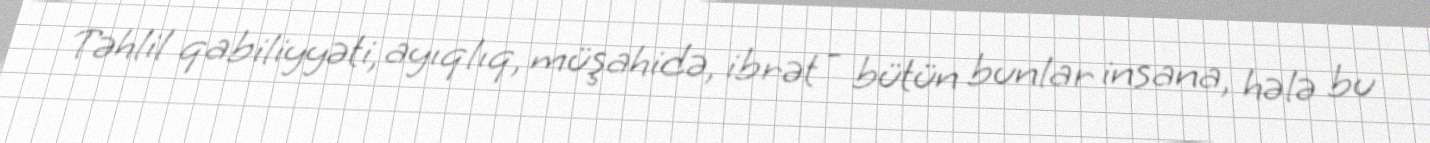
Təhlil qabiliyyəti, ayıqlıq, müşahidə, ibrət - bütün bunlar insana, hələ bu